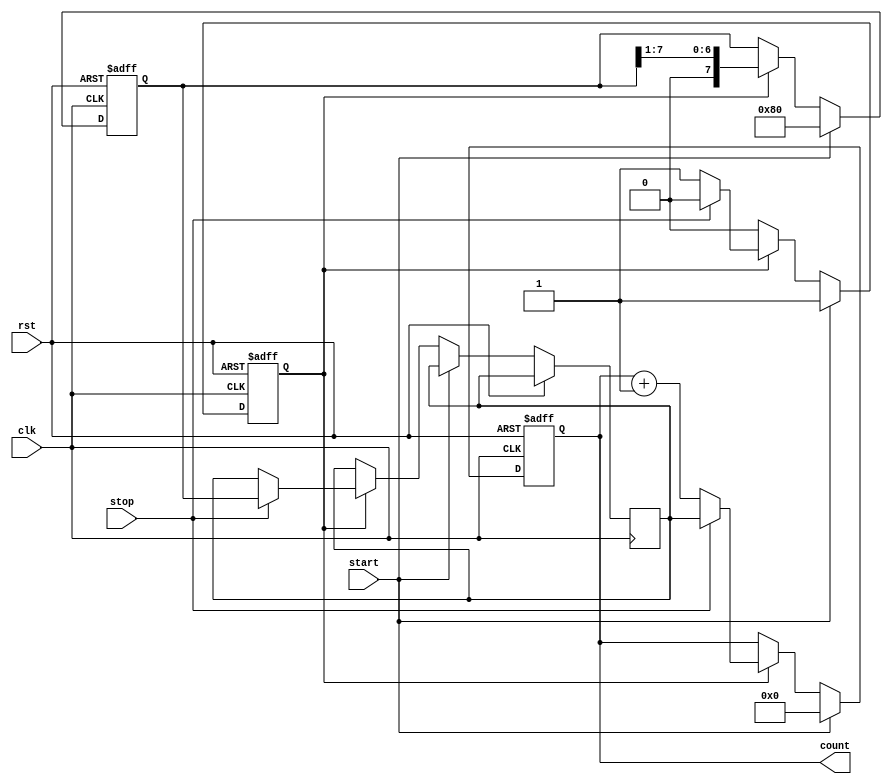
module TDC (
    input wire clk,          // Clock signal
    input wire rst,          // Reset signal
    input wire start,        // Start signal
    input wire stop,         // Stop signal
    output reg [N-1:0] count // Digital output (time interval)
);

parameter N = 8;            // Number of delay elements (defines resolution)
parameter DELAY = 1;       // Fixed delay time for each element (can be adjusted)

// Delay line
reg [N-1:0] delay_line;
reg [N-1:0] sampled_position;
reg measuring;

always @(posedge clk or posedge rst) begin
    if (rst) begin
        // Reset the system
        delay_line <= 0;
        count <= 0;
        measuring <= 0;
    end else if (start) begin
        // Start measuring
        measuring <= 1;
        delay_line <= {1'b1, {N-1{1'b0}}}; // Initialize delay line with '1' at start
        count <= 0;  // Clear count
    end else if (measuring) begin
        // Shift the delay line on each clock cycle
        delay_line <= {1'b0, delay_line[N-1:1]};
        
        // Increment count for each clock cycle during measurement
        count <= count + 1; 

        // Sample position if stop signal is detected
        if (stop) begin
            sampled_position <= delay_line; // Capture the current state of the delay line
            measuring <= 0; // Stop measuring
            count <= sampled_position; // Output the sampled position
        end
    end
end

endmodule